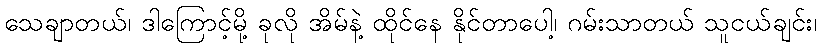
သေချာတယ်၊ ဒါကြောင့်မို့ ခုလို အိမ်နဲ့ ထိုင်နေ နိုင်တာပေါ့၊ ဂမ်းသာတယ် သူငယ်ချင်း၊